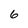
Character: 6